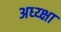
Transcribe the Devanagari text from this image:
अध्य्क्षा